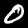
Label: 0